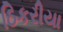
ઠિકરીયા